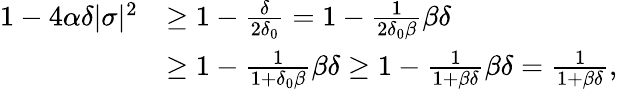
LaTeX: \begin{array}{rl}{1-4\alpha\delta|\sigma|^{2}}&{\geq 1-\frac{\delta}{2\delta_{0}}=1-\frac{1}{2\delta_{0}\beta}\beta\delta}\\ &{\geq 1-\frac{1}{1+\delta_{0}\beta}\beta\delta\geq 1-\frac{1}{1+\beta\delta}\beta\delta=\frac{1}{1+\beta\delta},}\end{array}